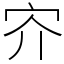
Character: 㝏